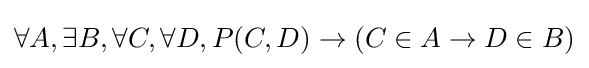
\forall A,\exists B,\forall C,\forall D,P(C,D)\rightarrow (C\in A\rightarrow D\in B)